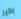
بخير